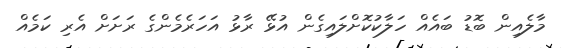
މާލެއިން ބޮޑު ބައެއް ހަލާކުކޮށްލައިގެން އުޅޭ ރާޅު އަހަރެމެންގެ ރަށަށް އެރި ކަމެއް